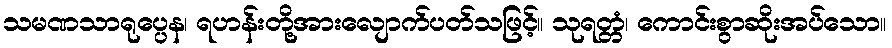
သမဏသာရုပ္ပေန၊ ရဟန်းတို့အားလျောက်ပတ်သဖြင့်။ သုရတ္တံ၊ ကောင်းစွာဆိုးအပ်သော။